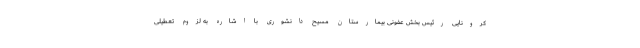
کرونایی رئیس بخش عفونی بیمارستان مسیح دانشوری با اشاره به لزوم تعطیلی